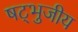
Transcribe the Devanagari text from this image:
षट्भुजीय